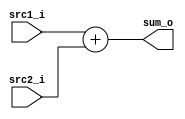
//Subject:     CO project 2 - Adder
//--------------------------------------------------------------------------------
//Version:     1
//--------------------------------------------------------------------------------
//Writer:      0616077 0616091
//----------------------------------------------
//----------------------------------------------
//Description: 
//--------------------------------------------------------------------------------

module Adder(
    src1_i,
    src2_i,
    sum_o
    );
     
//I/O ports
input  [32-1:0]     src1_i;
input  [32-1:0]     src2_i;
output [32-1:0]     sum_o;

//Internal Signals
wire   [32-1:0]     sum_o;

//Parameter
    
//Main function
assign sum_o = src1_i + src2_i;

endmodule